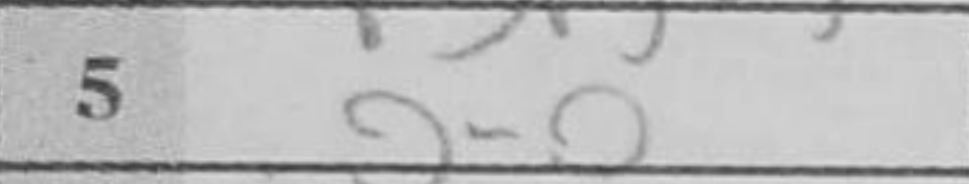
Transcription: O-O